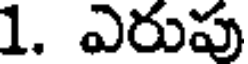
1. ఎరుపు